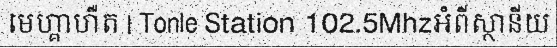
មេហ្គាហឺត | Tonle Station 102.5Mhzអំពីស្ថានីយ